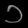
Digit: ၁